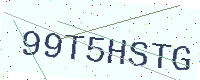
Text: 99T5HSTG